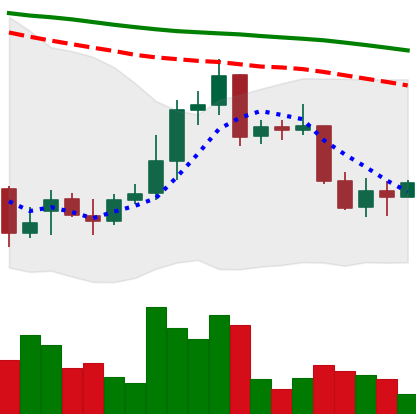
Ticker: XRP-USD
Chart end date: 2022-01-01
Forward return: -8.02%
Label: down_7plus